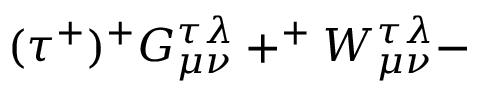
( \tau ^ { + } ) ^ { + } G _ { \mu \nu } ^ { \tau \lambda } + ^ { + } W _ { \mu \nu } ^ { \tau \lambda } -